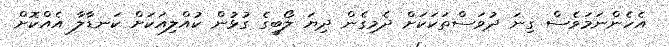
އެހެންނަމަވެސް ގިނަ ދުވަސްތަކަކަށް ދެމިގެން ދިޔަ ލޯބީގެ ގުޅުން ކުއްލިއަކަށް ކަނޑާލާ އެއްކޮށް